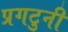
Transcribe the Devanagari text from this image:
प्रगटुनी